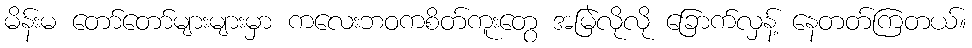
မိန်းမ တော်တော်များများမှာ ကလေးဘဝကစိတ်ကူးတွေ အမြဲလိုလို ခြောက်လှန့် နေတတ်ကြတယ်။